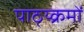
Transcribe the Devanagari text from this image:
पाठ्य्क्रमों